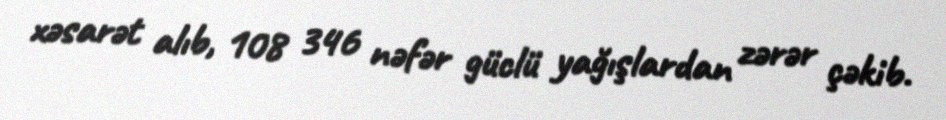
xəsarət alıb, 108 346 nəfər güclü yağışlardan zərər çəkib.